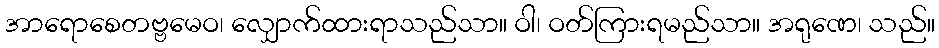
အာရောစေတဗ္ဗမေဝ၊ လျှောက်ထားရာသည်သာ။ ဝါ၊ ဝတ်ကြားရမည်သာ။ အရုဏေ၊ သည်။